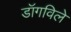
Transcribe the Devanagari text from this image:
डॉगविले